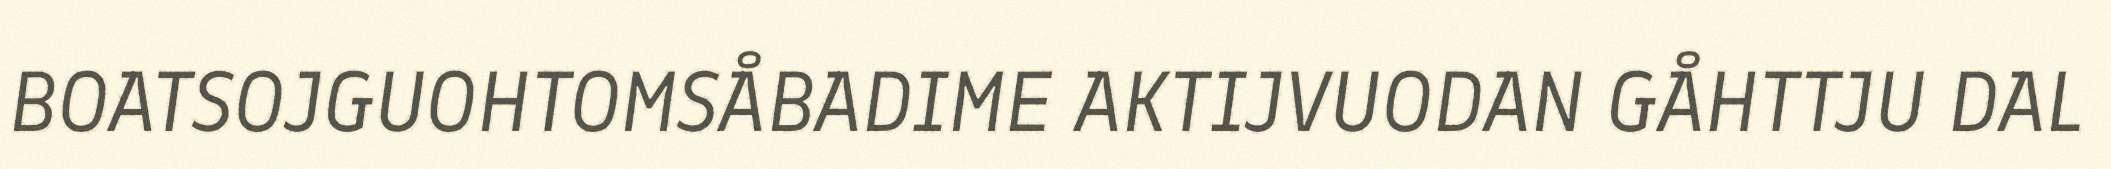
BOATSOJGUOHTOMSÅBADIME AKTIJVUODAN GÅHTTJU DAL